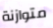
متوازنة